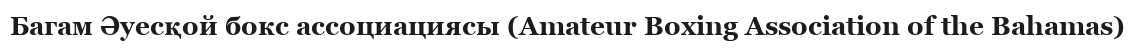
Багам Әуесқой бокс ассоциациясы (Amateur Boxing Association of the Bahamas)